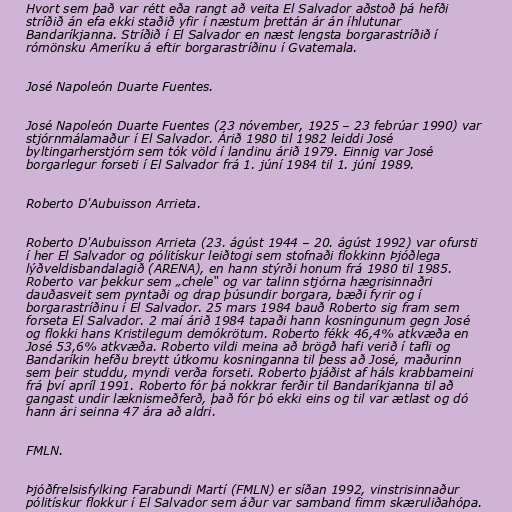
Hvort sem það var rétt eða rangt að veita El Salvador aðstoð þá hefði
stríðið án efa ekki staðið yfir í næstum þrettán ár án íhlutunar
Bandaríkjanna. Stríðið í El Salvador en næst lengsta borgarastríðið í
rómönsku Ameríku á eftir borgarastríðinu í Gvatemala.

José Napoleón Duarte Fuentes.

José Napoleón Duarte Fuentes (23 nóvember, 1925 – 23 febrúar 1990) var
stjórnmálamaður í El Salvador. Árið 1980 til 1982 leiddi José
byltingarherstjórn sem tók völd í landinu árið 1979. Einnig var José
borgarlegur forseti í El Salvador frá 1. júní 1984 til 1. júní 1989.

Roberto D'Aubuisson Arrieta.

Roberto D'Aubuisson Arrieta (23. ágúst 1944 – 20. ágúst 1992) var ofursti
í her El Salvador og pólitískur leiðtogi sem stofnaði flokkinn Þjóðlega
lýðveldisbandalagið (ARENA), en hann stýrði honum frá 1980 til 1985.
Roberto var þekkur sem „chele“ og var talinn stjórna hægrisinnaðri
dauðasveit sem pyntaði og drap þúsundir borgara, bæði fyrir og í
borgarastríðinu í El Salvador. 25 mars 1984 bauð Roberto sig fram sem
forseta El Salvador. 2 maí árið 1984 tapaði hann kosningunum gegn José
og flokki hans Kristilegum demókrötum. Roberto fékk 46,4% atkvæða en
José 53,6% atkvæða. Roberto vildi meina að brögð hafi verið í tafli og
Bandaríkin hefðu breytt útkomu kosninganna til þess að José, maðurinn
sem þeir studdu, myndi verða forseti. Roberto þjáðist af háls krabbameini
frá því apríl 1991. Roberto fór þá nokkrar ferðir til Bandaríkjanna til að
gangast undir læknismeðferð, það fór þó ekki eins og til var ætlast og dó
hann ári seinna 47 ára að aldri.

FMLN.

Þjóðfrelsisfylking Farabundi Martí (FMLN) er síðan 1992, vinstrisinnaður
pólitískur flokkur í El Salvador sem áður var samband fimm skæruliðahópa.